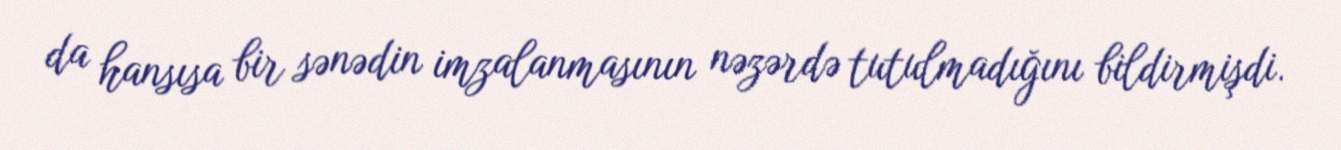
da hansısa bir sənədin imzalanmasının nəzərdə tutulmadığını bildirmişdi.